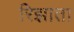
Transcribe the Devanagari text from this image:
रिझाता